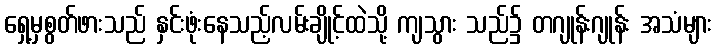
ရှေ့မှစွတ်ဖားသည် နှင်းဖုံးနေသည့်လမ်းချိုင့်ထဲသို့ ကျသွား သည်၌ တဂျုန်းဂျုန်း အသံများ